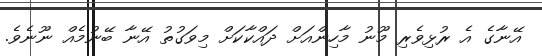
އޭނާގެ އެ ރުޅިވެރި މޫނު މާހިންއަށް ދައްކާކަށް މިވަގުތު އޭނާ ބޭނުމެއް ނޫނެވެ.